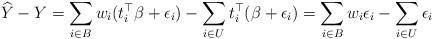
LaTeX: \begin{align*}\widehat{Y} - Y = \sum_{i\in B} w_i (t_i^{\top} \beta + \epsilon_i) - \sum_{i\in U} t_i^{\top} (\beta + \epsilon_i)= \sum_{i\in B} w_i \epsilon_i - \sum_{i\in U} \epsilon_i \\\end{align*}